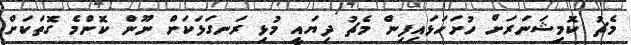
މެޗު ކޮމިޝަނަރަށް ހުށަހަޅައިފިން މެޗު ދިޔައީ މުޅި ރަނގަޅަކަށް ނޫން ކޮންމެ ގޮތަކަށް